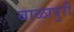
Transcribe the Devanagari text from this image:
बाळापुरी